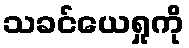
သခင်ယေရှုကို